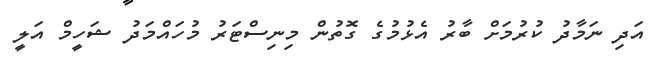
އަދި ނަމާދު ކުރުމަށް ބާރު އެޅުމުގެ ގޮތުން މިނިސްޓަރު މުހައްމަދު ޝަހީމް އަލީ